Lunatic asylums Punjab 1911-1921 - 1911-1921
Year: 1911
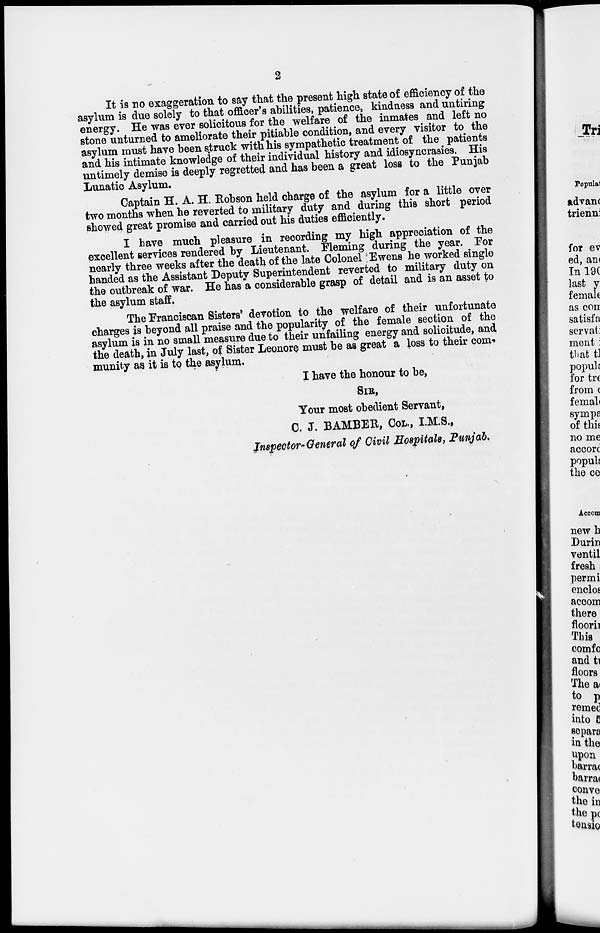
2
It is no exaggeration to say that the present high state of efficiency of the
asylum is due solely to that officer's abilities, patience, kindness and untiring
energy. He was ever solicitous for the welfare of the inmates and left no
stone unturned to ameliorate their pitiable condition, and every visitor to the
asylum must have been struck with his sympathetic treatment of the patients
and his intimate knowledge of their individual history and idiosyncrasies. His
untimely demise is deeply regretted and has been a great loss to the Punjab
Lunatic Asylum.
Captain H. A. H. Robson held charge of the asylum for a little over
two months when he reverted to military duty and during this short period
showed great promise and carried out his duties efficiently.
I have much pleasure in recording my high appreciation of the
excellent services rendered by Lieutenant. Fleming during the year. For
nearly three weeks after the death of the late Colonel Ewens he worked single
handed as the Assistant Deputy Superintendent reverted to military duty on
the outbreak of war. He has a considerable grasp of detail and is an asset to
the asylum staff.
The Franciscan Sisters' devotion to the welfare of their unfortunate
charges is beyond all praise and the popularity of the female section of the
asylum is in no small measure due to their unfailing energy and solicitude, and
the death, in July last, of Sister Leonore must be as great a loss to their com-
munity as it is to the asylum.
I have the honour to be,
SIR,
Your most obedient Servant,
C. J. BAMBER, COL., I.M.S.,
Inspector-General of Civil Hospitals, Punjab.